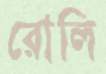
রোলি